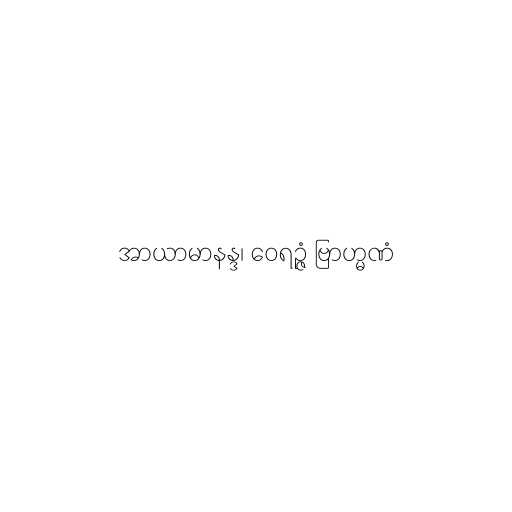
အာယာမာနန္ဒ၊ ဝေရဉ္ဇံ ဗြာဟ္မဏံ